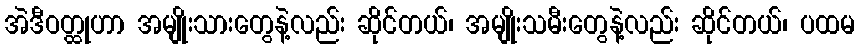
အဲဒီဝတ္ထုဟာ အမျိုးသားတွေနဲ့လည်း ဆိုင်တယ်၊ အမျိုးသမီးတွေနဲ့လည်း ဆိုင်တယ်၊ ပထမ